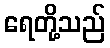
ရေတို့သည်